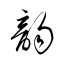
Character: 韵